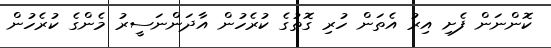
ކޮންނަން ފެށި އިރު އެތަން ހުރި ގޮތުގެ ކުރެހުން އާދަންނަސީރު މެންގެ ކުރެހުން